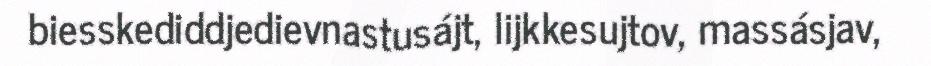
biesskediddjedievnastusájt, lijkkesujtov, massásjav,